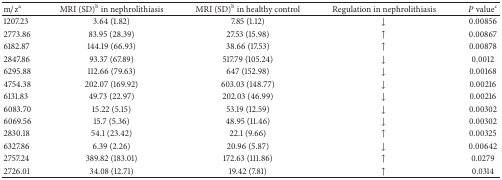
<table><thead><tr><td><b>m/z<sup>a</sup></b></td><td><b>MRI (SD)<sup>b</sup> in nephrolithiasis</b></td><td><b>MRI (SD)<sup>b</sup> in healthy control</b></td><td><b>Regulation in nephrolithiasis</b></td><td><b><i>P</i> value<sup>c</sup></b></td></tr></thead><tbody><tr><td>1207.23</td><td>3.64 (1.82)</td><td>7.85 (1.12)</td><td>↓</td><td>0.00856</td></tr><tr><td>2773.86</td><td>83.95 (28.39)</td><td>27.53 (15.98)</td><td>↑</td><td>0.00867</td></tr><tr><td>6182.87</td><td>144.19 (66.93)</td><td>38.66 (17.53)</td><td>↑</td><td>0.00878</td></tr><tr><td>2847.86</td><td>93.37 (67.89)</td><td>517.79 (105.24)</td><td>↓</td><td>0.0012</td></tr><tr><td>6295.88</td><td>112.66 (79.63)</td><td>647 (152.98)</td><td>↓</td><td>0.00168</td></tr><tr><td>4754.38</td><td>202.07 (169.92)</td><td>603.03 (148.77)</td><td>↓</td><td>0.00216</td></tr><tr><td>6131.83</td><td>49.73 (22.97)</td><td>202.03 (46.99)</td><td>↓</td><td>0.00216</td></tr><tr><td>6083.70</td><td>15.22 (5.15)</td><td>53.19 (12.59)</td><td>↓</td><td>0.00302</td></tr><tr><td>6069.56</td><td>15.7 (5.36)</td><td>48.95 (11.46)</td><td>↓</td><td>0.00302</td></tr><tr><td>2830.18</td><td>54.1 (23.42)</td><td>22.1 (9.66)</td><td>↑</td><td>0.00325</td></tr><tr><td>6327.86</td><td>6.39 (2.26)</td><td>20.96 (5.87)</td><td>↓</td><td>0.00642</td></tr><tr><td>2757.24</td><td>389.82 (183.01)</td><td>172.63 (111.86)</td><td>↑</td><td>0.0279</td></tr><tr><td>2726.01</td><td>34.08 (12.71)</td><td>19.42 (7.81)</td><td>↑</td><td>0.0314</td></tr></tbody></table>